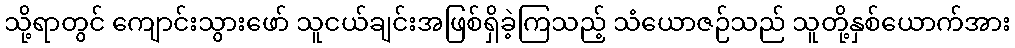
သို့ရာတွင် ကျောင်းသွားဖော် သူငယ်ချင်းအဖြစ်ရှိခဲ့ကြသည့် သံယောဇဉ်သည် သူတို့နှစ်ယောက်အား